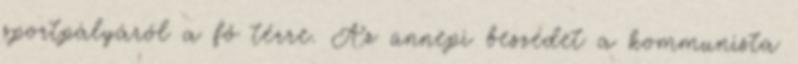
sportpályáról a fő térre. Az ünnepi beszédet a kommunista